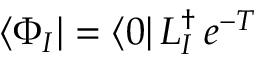
\langle \Phi _ { I } | = \langle 0 | \, L _ { I } ^ { \dagger } \, e ^ { - T }